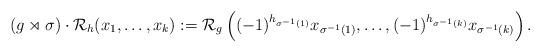
LaTeX: \begin{align*} (g\rtimes \sigma)\cdot \mathcal{R}_h(x_1,\ldots, x_k):=\mathcal{R}_g\left((-1)^{h_{\sigma^{-1}(1)}}x_{\sigma^{-1}(1)}, \ldots, (-1)^{h_{\sigma^{-1}(k)}}x_{\sigma^{-1}(k)}\right). \end{align*}